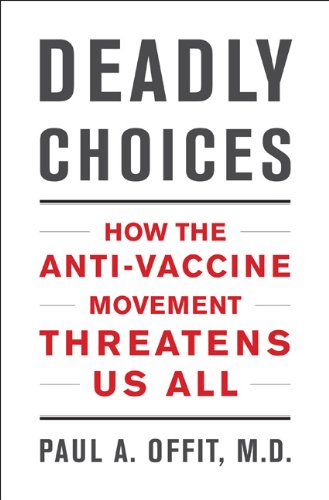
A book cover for Deadly Choices: How the Anti-Vaccine Movement Threatens Us All; Paul A. Offit M.D.; Medical Books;